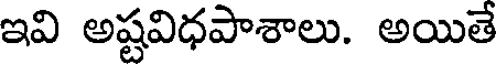
ఇవి అష్టవిధపాశాలు. అయితే